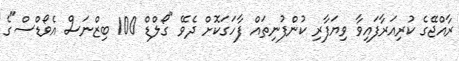
ރާއްޖޭގެ ކުރިއަރާފައިވާ ވިޔަފާރި ކުންފުނިތައް ފާހަގަކޮށް ދެވޭ "ގޯލްޑް 100 ބިޒްނަސް އެވޯޑްސް"ގެ